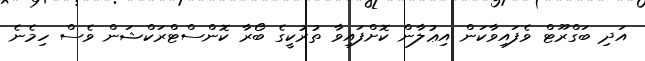
އަދި ބަގްރޫޓް ވެފައިވާކަން އިޢުލާން ކޮށްފައިވާ ތުރުކީގެ ބޯރާ ކޮންސްޓްރަކްޝަން ވެސް ހިމެނެ